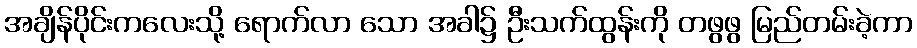
အချိန်ပိုင်းကလေးသို့ ရောက်လာ သော အခါ၌ ဦးသက်ထွန်းကို တဖွဖွ မြည်တမ်းခဲ့ကာ